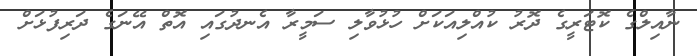
ނާއިލްގެ ކޮޓަރީގެ ދޮރު ކުއްލިއަކަށް ހުޅުވާލި ސަމީރާ އެނދުގައި އޮތް އޭނަގެ ދަރިފުޅަށް